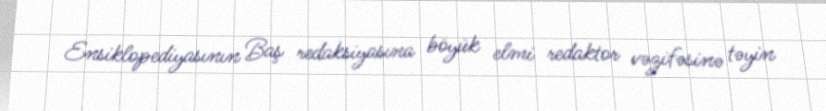
Ensiklopediyasının Baş redaksiyasına böyük elmi redaktor vəzifəsinə təyin